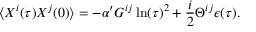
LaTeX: \langle X ^ { i } ( \tau ) X ^ { j } ( 0 ) \rangle = - \alpha ^ { \prime } G ^ { i j } \ln ( \tau ) ^ { 2 } + \frac { i } { 2 } \Theta ^ { i j } \epsilon ( \tau ) .